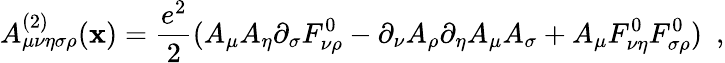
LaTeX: A_{\mu\nu\eta\sigma\rho}^{(2)}(\mathbf{x})=\frac{{e^{2}}}{{2}}(A_{\mu}A_{\eta}\partial_{\sigma}F_{\nu\rho}^{0}-\partial_{\nu}A_{\rho}\partial_{\eta}A_{\mu}A_{\sigma}+A_{\mu}F_{\nu\eta}^{0}F_{\sigma\rho}^{0})\, \, \, ,